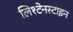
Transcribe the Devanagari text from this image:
लिश्टेनस्टाइन